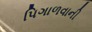
પિગાળવાની